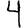
Digit: 4